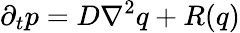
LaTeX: \partial_{t}p=D\nabla^{2}q+R(q)